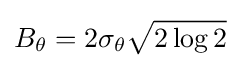
B_{\theta }=2\sigma _{\theta }{\sqrt {2\log 2}}